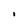
Character: i